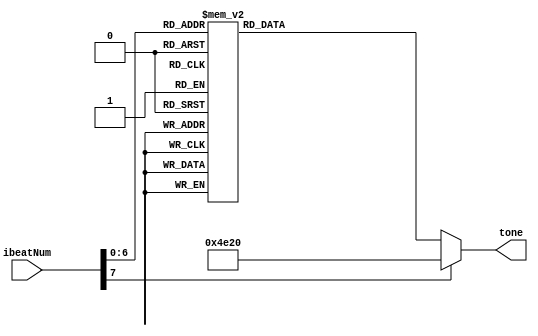
//
//
//
//

`define NM1 32'd261 //C_freq
`define NM2 32'd293 //D_freq
`define NM3 32'd329 //E_freq
`define NM4 32'd349 //F_freq
`define NM5 32'd392 //G_freq
`define NM6 32'd440 //A_freq
`define NM7 32'd493 //B_freq
`define NM8 32'd277 //C#/Db_freq
`define NM9 32'd311 //D#/Eb_freq
`define NM10 32'd369 //F#/Gb_freq
`define NM11 32'd415 //G#/Ab_freq
`define NM12 32'd466 //A#/Bb_freq
`define NM0 32'd20000 //slience (over freq.)

module Music (
	input [7:0] ibeatNum,	
	output reg [31:0] tone
);

always @(*) begin
	case (ibeatNum)		// 1/4 beat
		8'd0 : tone = `NM5;	//3
		8'd1 : tone = `NM3;
		8'd2 : tone = `NM5;
		8'd3 : tone = `NM3;
		8'd4 : tone = `NM5;	//1
		8'd5 : tone = `NM3;
		8'd6 : tone = `NM6;
		8'd7 : tone = `NM3;
		8'd8 : tone = `NM6;	//2
		8'd9 : tone = `NM6;
		8'd10 : tone = `NM6;
		8'd11 : tone = `NM3;
		8'd12 : tone = `NM5;	//6-
		8'd13 : tone = `NM5;
		8'd14 : tone = `NM5;
		8'd15 : tone = `NM0;
		
		8'd16 : tone = `NM5;
		8'd17 : tone = `NM6;
		8'd18 : tone = `NM5;
		8'd19 : tone = `NM4;
		8'd20 : tone = `NM3;
		8'd21 : tone = `NM5;
		8'd22 : tone = `NM1 << 1;
		8'd23 : tone = `NM1 << 1;
		8'd24 : tone = `NM1 << 1;
		8'd25 : tone = `NM0;
		8'd26 : tone = `NM1;
		8'd27 : tone = `NM2;
		8'd28 : tone = `NM3;
		8'd29 : tone = `NM3;
		8'd30 : tone = `NM2;
		8'd31 : tone = `NM2;
		
		8'd32 : tone = `NM1;
		8'd33 : tone = `NM0;
		8'd34 : tone = `NM1 << 1;
		8'd35 : tone = `NM0;
		8'd36 : tone = `NM5;
		8'd37 : tone = `NM0;
		8'd38 : tone = `NM5;
		8'd39 : tone = `NM0;
		8'd40 : tone = `NM5;
		8'd41 : tone = `NM3;
		8'd42 : tone = `NM6;
		8'd43 : tone = `NM0;
		8'd44 : tone = `NM6;
		8'd45 : tone = `NM6;
		8'd46 : tone = `NM6;
		8'd47 : tone = `NM3;
		
		8'd48 : tone = `NM5;
		8'd49 : tone = `NM5;
		8'd50 : tone = `NM5;
		8'd51 : tone = `NM0;
		8'd52 : tone = `NM5;
		8'd53 : tone = `NM6;
		8'd54 : tone = `NM5;
		8'd55 : tone = `NM4;
		8'd56 : tone = `NM3;
		8'd57 : tone = `NM5;
		8'd58 : tone = `NM1;
		8'd59 : tone = `NM0;
		8'd60 : tone = `NM2;
		8'd61 : tone = `NM3;
		8'd62 : tone = `NM2;
		8'd63 : tone = `NM1;
		
		8'd64 : tone = `NM7 >> 1;
		8'd65 : tone = `NM2;
		8'd66 : tone = `NM5 >> 1;
		8'd67 : tone = `NM0;
		8'd68 : tone = `NM5;
		8'd69 : tone = `NM5;
		8'd70 : tone = `NM5;
		8'd71 : tone = `NM3;
		8'd72 : tone = `NM6;
		8'd73 : tone = `NM6;
		8'd74 : tone = `NM6;
		8'd75 : tone = `NM0;
		8'd76 : tone = `NM6;
		8'd77 : tone = `NM6;
		8'd78 : tone = `NM6;
		8'd79 : tone = `NM3;
		
		8'd80 : tone = `NM5;
		8'd81 : tone = `NM5;
		8'd82 : tone = `NM5;
		8'd83 : tone = `NM0;
		8'd84 : tone = `NM5;
		8'd85 : tone = `NM6;
		8'd86 : tone = `NM5;
		8'd87 : tone = `NM4;
		8'd88 : tone = `NM3;
		8'd89 : tone = `NM5;
		8'd90 : tone = `NM1 << 1;
		8'd91 : tone = `NM1 << 1;
		8'd92 : tone = `NM1 << 1;
		8'd93 : tone = `NM0;
		8'd94 : tone = `NM1;
		8'd95 : tone = `NM2;
		
		8'd96 : tone = `NM3;
		8'd97 : tone = `NM3;
		8'd98 : tone = `NM2;
		8'd99 : tone = `NM2;
		8'd100 : tone = `NM1;
		8'd101 : tone = `NM0;
		8'd102 : tone = `NM1;
		8'd103 : tone = `NM2;
		8'd104 : tone = `NM1;
		8'd105 : tone = `NM0;
		8'd106 : tone = `NM1 << 1;
		8'd107 : tone = `NM0;
		default : tone = `NM0;
	endcase
end

endmodule